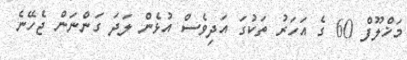
މަޚްލޫފް 60 ގެ އަހަރު ތަކުގަ އަދިވެސް އުޅެން ލަދަ ގަންނަން ޖެހޭނެ